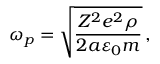
\omega _ { p } = \sqrt { \frac { Z ^ { 2 } e ^ { 2 } \rho } { 2 a \varepsilon _ { 0 } m } } \, ,